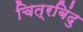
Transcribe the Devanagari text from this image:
चित्रबिंदु